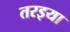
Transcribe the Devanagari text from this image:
तरइया